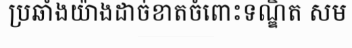
ប្រឆាំងយ៉ាងដាច់ខាតចំពោះទណ្ឌិត សម